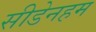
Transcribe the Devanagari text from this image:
सीडेनहम